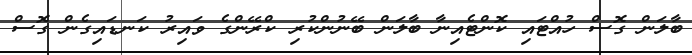
ބާލަން ގޮސް ހުއްޓައި ކޮންޓެއިނާ ބާލަން ބޭނުންކުރި ކްރޭންގެ ވައިރު ކަނޑައިގެން ގޮސް